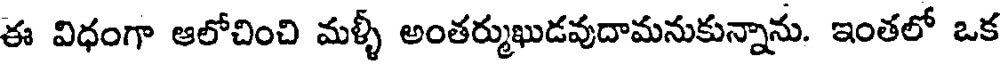
ఈ విధంగా ఆలోచించి మళ్ళీ అంతర్ముఖుడవుదామనుకున్నాను. ఇంతలో ఒక